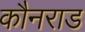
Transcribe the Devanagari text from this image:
कौनराड